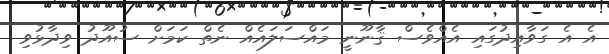
އެ އެ ގަވާއިދުގައި އެއްވެސް ޤާނޫނީ މައްސަލައެއް ނެތް ކަމަށް ސުއޫދު ވިދާޅުވި